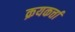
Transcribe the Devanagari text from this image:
क्रयकर्त्ता